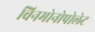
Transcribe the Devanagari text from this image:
विनमोनोपोलेट